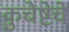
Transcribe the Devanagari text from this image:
कुचेष्टेचे